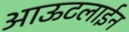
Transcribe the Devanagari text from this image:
आऊटलाईन